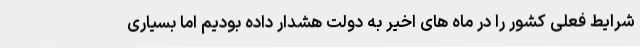
شرایط فعلی کشور را در ماه های اخیر به دولت هشدار داده بودیم اما بسیاری